Indian journal of veterinary science and animal husbandry - Volume 9,
Year: 1939
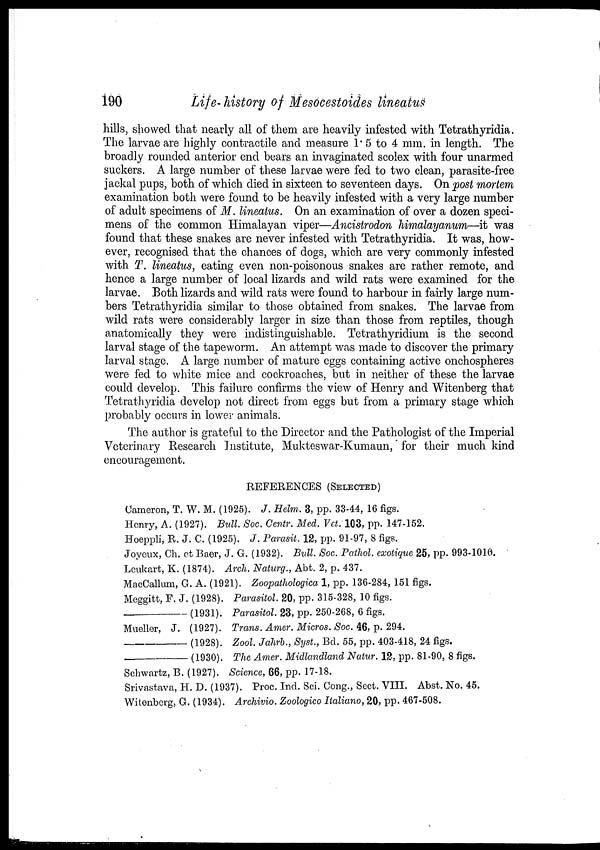
190
Life-history of Mesocestoides lineatus
hills, showed that nearly all of them are heavily infested with Tetrathyridia.
The larvae are highly contractile and measure 1.5 to 4 mm. in length. The
broadly rounded anterior end bears an invaginated scolex with four unarmed
suckers. A large number of these larvae were fed to two clean, parasite-free
jackal pups, both of which died in sixteen to seventeen days. On post mortem
examination both were found to be heavily infested with a very large number
of adult specimens of M. lineatus. On an examination of over a dozen speci-
mens of the common Himalayan viper—Ancistrodon himalayanum—it was
found that these snakes are never infested with Tetrathyridia. It was, how-
ever, recognised that the chances of dogs, which are very commonly infested
with T. lineatus, eating even non-poisonous snakes are rather remote, and
hence a large number of local lizards and wild rats were examined for the
larvae. Both lizards and wild rats were found to harbour in fairly large num-
bers Tetrathyridia similar to those obtained from snakes. The larvae from
wild rats were considerably larger in size than those from reptiles, though
anatomically they were indistinguishable. Tetrathyridium is the second
larval stage of the tapeworm. An attempt was made to discover the primary
larval stage. A large number of mature eggs containing active onchospheres
were fed to white mice and cockroaches, but in neither of these the larvae
could develop. This failure confirms the view of Henry and Witenberg that
Tetrathyridia develop not direct from eggs but from a primary stage which
probably occurs in lower animals.
The author is grateful to the Director and the Pathologist of the Imperial
Veterinary Research Institute, Mukteswar-Kumaun, for their much kind
encouragement.
REFERENCES (SELECTED)
Cameron, T. W. M. (1925). J. Helm. 3, pp. 33-44, 16 figs.
Henry, A. (1927). Bull. Soc. Centr. Med. Vet. 103, pp. 147-152.
Hoeppli, R. J. C. (1925). J. Parasit. 12, pp. 91-97, 8 figs.
Joyeux, Ch. et Baer, J. G. (1932). Bull. Soc. Pathol, exotique 25, pp. 993-1010.
Leukart, K. (1874). Arch. Naturg., Abt. 2, p. 437.
MacCallum, G. A. (1921). Zoopathologica 1, pp. 136-284, 151 figs.
Meggitt, F. J. (1928). Parasitol. 20, pp. 315-328, 10 figs.
————— (1931). Parasitol. 23, pp. 250-268, 6 figs.
Mueller, J. (1927). Trans. Amer. Micros. Soc. 46, p. 294.
————— (1928). Zool. Jahrb., Syst., Bd. 55, pp. 403-418, 24 figs.
————— (1930). The Amer. Midlandland Natur. 12, pp. 81-90, 8 figs.
Schwartz, B. (1927). Science, 66, pp. 17-18.
Srivastava, H. D. (1937). Proc. Ind. Sci. Cong., Sect. VIII. Abst. No. 45.
Witenberg, G. (1934). Archivio. Zoologico Italiano, 20, pp. 467-508.